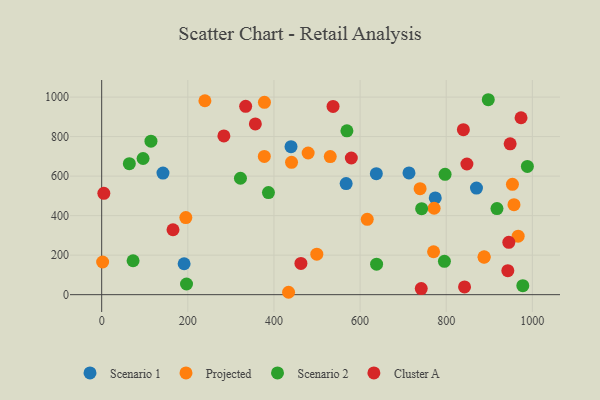
{"axis": {"x": "Speed", "y": "Exam Score"}, "legend": ["Cluster A", "Projected", "Scenario 1", "Scenario 2"], "data": [{"x": "439.6", "y": 748.9, "type": "Scenario 1"}, {"x": "567.6", "y": 562.0, "type": "Scenario 1"}, {"x": "637.7", "y": 612.3, "type": "Scenario 1"}, {"x": "191.4", "y": 156.5, "type": "Scenario 1"}, {"x": "870.2", "y": 539.3, "type": "Scenario 1"}, {"x": "142.3", "y": 615.3, "type": "Scenario 1"}, {"x": "774.5", "y": 489.6, "type": "Scenario 1"}, {"x": "713.5", "y": 616.1, "type": "Scenario 1"}, {"x": "967.0", "y": 296.1, "type": "Projected"}, {"x": "2.2", "y": 165.4, "type": "Projected"}, {"x": "771.9", "y": 437.4, "type": "Projected"}, {"x": "770.6", "y": 217.3, "type": "Projected"}, {"x": "239.7", "y": 981.3, "type": "Projected"}, {"x": "887.9", "y": 189.4, "type": "Projected"}, {"x": "377.6", "y": 699.6, "type": "Projected"}, {"x": "739.3", "y": 536.6, "type": "Projected"}, {"x": "440.8", "y": 670.0, "type": "Projected"}, {"x": "433.9", "y": 12.1, "type": "Projected"}, {"x": "377.9", "y": 973.4, "type": "Projected"}, {"x": "195.4", "y": 390.0, "type": "Projected"}, {"x": "888.0", "y": 191.7, "type": "Projected"}, {"x": "957.3", "y": 455.6, "type": "Projected"}, {"x": "953.7", "y": 558.6, "type": "Projected"}, {"x": "616.6", "y": 381.3, "type": "Projected"}, {"x": "499.5", "y": 204.9, "type": "Projected"}, {"x": "479.4", "y": 717.0, "type": "Projected"}, {"x": "530.7", "y": 699.0, "type": "Projected"}, {"x": "72.9", "y": 171.7, "type": "Scenario 2"}, {"x": "988.4", "y": 649.0, "type": "Scenario 2"}, {"x": "96.1", "y": 689.1, "type": "Scenario 2"}, {"x": "742.9", "y": 435.4, "type": "Scenario 2"}, {"x": "797.3", "y": 608.8, "type": "Scenario 2"}, {"x": "569.4", "y": 829.1, "type": "Scenario 2"}, {"x": "322.2", "y": 589.1, "type": "Scenario 2"}, {"x": "917.8", "y": 435.7, "type": "Scenario 2"}, {"x": "638.3", "y": 154.5, "type": "Scenario 2"}, {"x": "114.4", "y": 776.7, "type": "Scenario 2"}, {"x": "64.2", "y": 663.2, "type": "Scenario 2"}, {"x": "897.6", "y": 986.6, "type": "Scenario 2"}, {"x": "795.8", "y": 168.5, "type": "Scenario 2"}, {"x": "387.2", "y": 516.5, "type": "Scenario 2"}, {"x": "977.8", "y": 45.3, "type": "Scenario 2"}, {"x": "197.0", "y": 54.0, "type": "Scenario 2"}, {"x": "948.4", "y": 763.4, "type": "Cluster A"}, {"x": "839.8", "y": 835.0, "type": "Cluster A"}, {"x": "579.6", "y": 691.6, "type": "Cluster A"}, {"x": "943.0", "y": 121.2, "type": "Cluster A"}, {"x": "742.0", "y": 31.0, "type": "Cluster A"}, {"x": "842.5", "y": 39.4, "type": "Cluster A"}, {"x": "973.7", "y": 895.3, "type": "Cluster A"}, {"x": "848.0", "y": 661.2, "type": "Cluster A"}, {"x": "165.6", "y": 328.5, "type": "Cluster A"}, {"x": "945.3", "y": 264.8, "type": "Cluster A"}, {"x": "462.6", "y": 157.9, "type": "Cluster A"}, {"x": "5.0", "y": 512.8, "type": "Cluster A"}, {"x": "537.2", "y": 952.7, "type": "Cluster A"}, {"x": "356.8", "y": 863.9, "type": "Cluster A"}, {"x": "283.7", "y": 803.5, "type": "Cluster A"}, {"x": "334.3", "y": 953.1, "type": "Cluster A"}]}